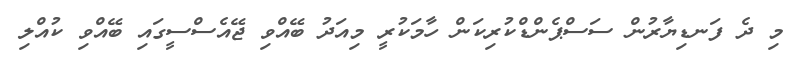
މި ދެ ފަނޑިޔާރުން ސަސްޕެންޑްކުރިކަން ހާމަކުރީ މިއަދު ބޭއްވި ޖޭއެސްސީގައި ބޭއްވި ކުއްލި